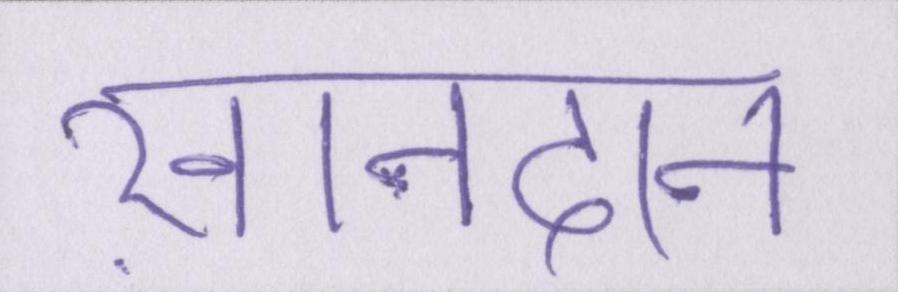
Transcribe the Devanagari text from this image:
ख़ानदान